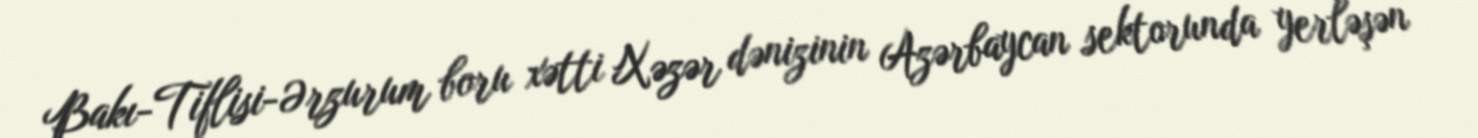
Bakı-Tiflisi-Ərzurum boru xətti Xəzər dənizinin Azərbaycan sektorunda yerləşən